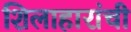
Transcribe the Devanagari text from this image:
शिलाहारांची